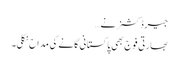
جیرڈ کشنر نے …
بھارتی فوج بھی پاکستانی گانے کی مداح نکلی۔